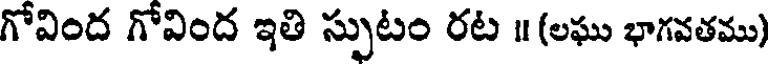
గోవింద గోవింద ఇతి స్పుటం రట ॥ (లఘు భాగవతము)